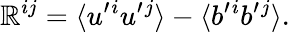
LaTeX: {\cal{\mathbb{R}}}^{ij}=\langle{u^{\prime}{}^{i}u^{\prime}{}^{j}}\rangle-\langle{b^{\prime}{}^{i}b^{\prime}{}^{j}}\rangle.